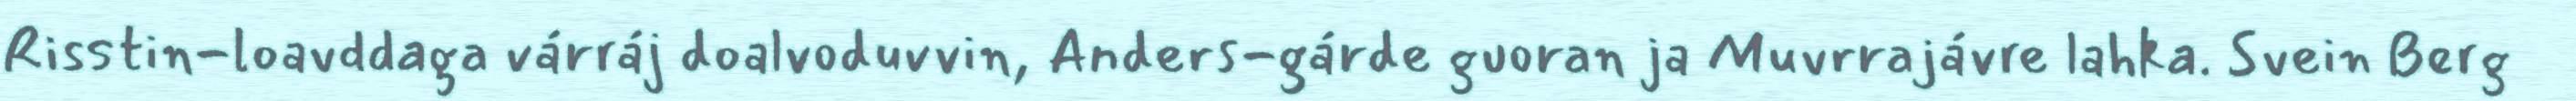
Risstin-loavddaga várráj doalvoduvvin, Anders-gárde guoran ja Muvrrajávre lahka. Svein Berg